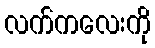
လက်ကလေးကို